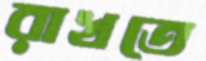
রাখতে